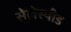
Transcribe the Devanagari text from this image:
सेलेस्पीड